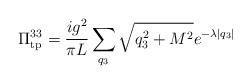
LaTeX: \begin{align*}\Pi_{\rm tp}^{33} = \frac{ig^{2}}{\pi L}\sum_{q_{3}}\sqrt{q_{3}^{2}+M^{2}}e^{-\lambda|q_3|}\end{align*}